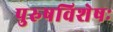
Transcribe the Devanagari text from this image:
पुरुषविशेषः